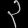
Digit: ၃